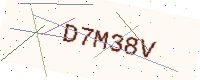
Text: D7M38V